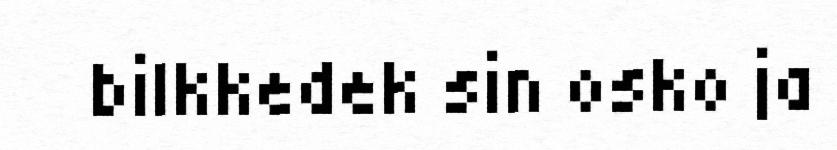
bilkkedek sin osko ja